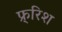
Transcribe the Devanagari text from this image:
फ्र्रिश